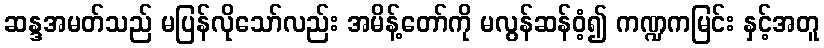
ဆန္ဒအမတ်သည် မပြန်လိုသော်လည်း အမိန့်တော်ကို မလွန်ဆန်ဝံ့၍ ကဏ္ဍကမြင်း နှင့်အတူ